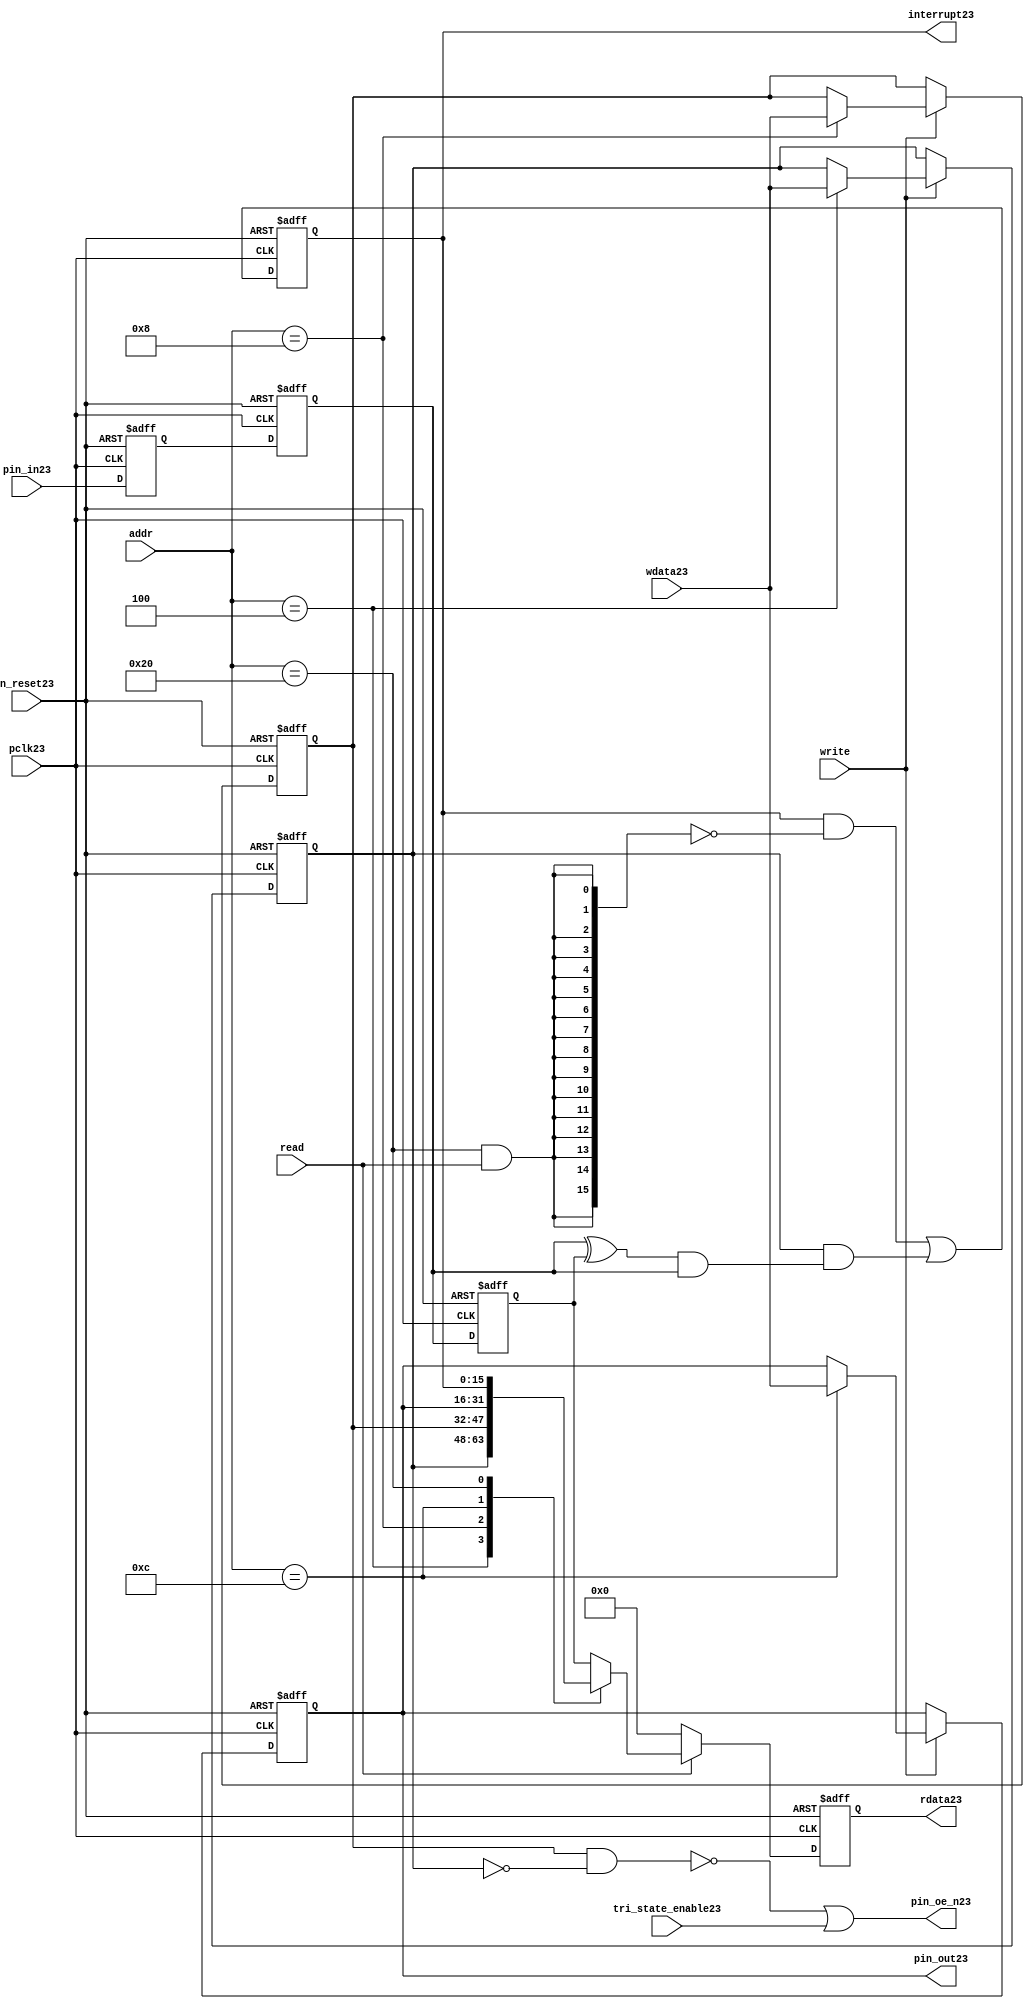
//File23 name   : gpio_lite_subunit23.v
//Title23       : 
//Created23     : 1999
//Description23 : Parametrised23 GPIO23 pin23 circuits23
//Notes23       : 
//----------------------------------------------------------------------
//   Copyright23 1999-2010 Cadence23 Design23 Systems23, Inc23.
//   All Rights23 Reserved23 Worldwide23
//
//   Licensed23 under the Apache23 License23, Version23 2.0 (the
//   "License23"); you may not use this file except23 in
//   compliance23 with the License23.  You may obtain23 a copy of
//   the License23 at
//
//       http23://www23.apache23.org23/licenses23/LICENSE23-2.0
//
//   Unless23 required23 by applicable23 law23 or agreed23 to in
//   writing, software23 distributed23 under the License23 is
//   distributed23 on an "AS23 IS23" BASIS23, WITHOUT23 WARRANTIES23 OR23
//   CONDITIONS23 OF23 ANY23 KIND23, either23 express23 or implied23.  See
//   the License23 for the specific23 language23 governing23
//   permissions23 and limitations23 under the License23.
//----------------------------------------------------------------------


module gpio_lite_subunit23(
  //Inputs23

  n_reset23,
  pclk23,

  read,
  write,
  addr,

  wdata23,
  pin_in23,

  tri_state_enable23,

  //Outputs23
 
  interrupt23,

  rdata23,
  pin_oe_n23,
  pin_out23

);
 
   // Inputs23
   
   // Clocks23   
   input n_reset23;            // asynch23 reset, active low23
   input pclk23;               // Ppclk23

   // Controls23
   input read;               // select23 GPIO23 read
   input write;              // select23 GPIO23 write
   input [5:0] 
         addr;               // address bus of selected master23

   // Dataflow23
   input [15:0]
         wdata23;              // GPIO23 Input23
   input [15:0]
         pin_in23;             // input data from pin23

   //Design23 for Test23 Inputs23
   input [15:0]
         tri_state_enable23;   // disables23 op enable -> Z23




   
   // Outputs23
   
   // Controls23
   output [15:0]
          interrupt23;         // interupt23 for input pin23 change

   // Dataflow23
   output [15:0]
          rdata23;             // GPIO23 Output23
   output [15:0]
          pin_oe_n23;          // output enable signal23 to pin23
   output [15:0]
          pin_out23;           // output signal23 to pin23
   



   
   // Registers23 in module

   //Define23 Physical23 registers in amba_unit23
   reg    [15:0]
          direction_mode23;     // 1=Input23 0=Output23              RW
   reg    [15:0]
          output_enable23;      // Output23 active                 RW
   reg    [15:0]
          output_value23;       // Value outputed23 from reg       RW
   reg    [15:0]
          input_value23;        // Value input from bus          R
   reg    [15:0]
          int_status23;         // Interrupt23 status              R

   // registers to remove metastability23
   reg    [15:0]
          s_synch23;            //stage_two23
   reg    [15:0]
          s_synch_two23;        //stage_one23 - to ext pin23
   
   
    
          
   // Registers23 for outputs23
   reg    [15:0]
          rdata23;              // prdata23 reg
   wire   [15:0]
          pin_oe_n23;           // gpio23 output enable
   wire   [15:0]
          pin_out23;            // gpio23 output value
   wire   [15:0]
          interrupt23;          // gpio23 interrupt23
   wire   [15:0]
          interrupt_trigger23;  // 1 sets23 interrupt23 status
   reg    [15:0]
          status_clear23;       // 1 clears23 interrupt23 status
   wire   [15:0]
          int_event23;          // 1 detects23 an interrupt23 event

   integer ia23;                // loop variable
   


   // address decodes23
   wire   ad_direction_mode23;  // 1=Input23 0=Output23              RW
   wire   ad_output_enable23;   // Output23 active                 RW
   wire   ad_output_value23;    // Value outputed23 from reg       RW
   wire   ad_int_status23;      // Interrupt23 status              R
   
//Register addresses23
//If23 modifying23 the APB23 address (PADDR23) width change the following23 bit widths23
parameter GPR_DIRECTION_MODE23   = 6'h04;       // set pin23 to either23 I23 or O23
parameter GPR_OUTPUT_ENABLE23    = 6'h08;       // contains23 oe23 control23 value
parameter GPR_OUTPUT_VALUE23     = 6'h0C;       // output value to be driven23
parameter GPR_INPUT_VALUE23      = 6'h10;       // gpio23 input value reg
parameter GPR_INT_STATUS23       = 6'h20;       // Interrupt23 status register

//Reset23 Values23
//If23 modifying23 the GPIO23 width change the following23 bit widths23
//parameter GPRV_RSRVD23            = 32'h0000_0000; // Reserved23
parameter GPRV_DIRECTION_MODE23  = 32'h00000000; // Default to output mode
parameter GPRV_OUTPUT_ENABLE23   = 32'h00000000; // Default 3 stated23 outs23
parameter GPRV_OUTPUT_VALUE23    = 32'h00000000; // Default to be driven23
parameter GPRV_INPUT_VALUE23     = 32'h00000000; // Read defaults23 to zero
parameter GPRV_INT_STATUS23      = 32'h00000000; // Int23 status cleared23



   //assign ad_bypass_mode23    = ( addr == GPR_BYPASS_MODE23 );   
   assign ad_direction_mode23 = ( addr == GPR_DIRECTION_MODE23 );   
   assign ad_output_enable23  = ( addr == GPR_OUTPUT_ENABLE23 );   
   assign ad_output_value23   = ( addr == GPR_OUTPUT_VALUE23 );   
   assign ad_int_status23     = ( addr == GPR_INT_STATUS23 );   

   // assignments23
   
   assign interrupt23         = ( int_status23);

   assign interrupt_trigger23 = ( direction_mode23 & int_event23 ); 

   assign int_event23 = ((s_synch23 ^ input_value23) & ((s_synch23)));

   always @( ad_int_status23 or read )
   begin : p_status_clear23

     for ( ia23 = 0; ia23 < 16; ia23 = ia23 + 1 )
     begin

       status_clear23[ia23] = ( ad_int_status23 & read );

     end // for ia23

   end // p_status_clear23

   // p_write_register23 : clocked23 / asynchronous23
   //
   // this section23 contains23 all the code23 to write registers

   always @(posedge pclk23 or negedge n_reset23)
   begin : p_write_register23

      if (~n_reset23)
      
       begin
         direction_mode23  <= GPRV_DIRECTION_MODE23;
         output_enable23   <= GPRV_OUTPUT_ENABLE23;
         output_value23    <= GPRV_OUTPUT_VALUE23;
       end
      
      else 
      
       begin
      
         if (write == 1'b1) // Write value to registers
      
          begin
              
            // Write Mode23
         
            if ( ad_direction_mode23 ) 
               direction_mode23 <= wdata23;
 
            if ( ad_output_enable23 ) 
               output_enable23  <= wdata23;
     
            if ( ad_output_value23 )
               output_value23   <= wdata23;

              

           end // if write
         
       end // else: ~if(~n_reset23)
      
   end // block: p_write_register23



   // p_metastable23 : clocked23 / asynchronous23 
   //
   // This23 process  acts23 to remove  metastability23 propagation
   // Only23 for input to GPIO23
   // In Bypass23 mode pin_in23 passes23 straight23 through

   always @(posedge pclk23 or negedge n_reset23)
      
   begin : p_metastable23
      
      if (~n_reset23)
        begin
         
         s_synch23       <= {16 {1'b0}};
         s_synch_two23   <= {16 {1'b0}};
         input_value23   <= GPRV_INPUT_VALUE23;
         
        end // if (~n_reset23)
      
      else         
        begin
         
         input_value23   <= s_synch23;
         s_synch23       <= s_synch_two23;
         s_synch_two23   <= pin_in23;

        end // else: ~if(~n_reset23)
      
   end // block: p_metastable23


   // p_interrupt23 : clocked23 / asynchronous23 
   //
   // These23 lines23 set and clear the interrupt23 status

   always @(posedge pclk23 or negedge n_reset23)
   begin : p_interrupt23
      
      if (~n_reset23)
         int_status23      <= GPRV_INT_STATUS23;
      
      else 
         int_status23      <= ( int_status23 & ~(status_clear23) // read & clear
                            ) |
                            interrupt_trigger23;             // new interrupt23
        
   end // block: p_interrupt23
   
   
   // p_read_register23  : clocked23 / asynchronous23 
   //
   // this process registers the output values

   always @(posedge pclk23 or negedge n_reset23)

      begin : p_read_register23
         
         if (~n_reset23)
         
           begin

            rdata23 <= {16 {1'b0}};

           end
           
         else //if not reset
         
           begin
         
            if (read == 1'b1)
            
              begin
            
               case (addr)
            
                  
                  GPR_DIRECTION_MODE23:
                     rdata23 <= direction_mode23;
                  
                  GPR_OUTPUT_ENABLE23:
                     rdata23 <= output_enable23;
                  
                  GPR_OUTPUT_VALUE23:
                     rdata23 <= output_value23;
                  
                  GPR_INT_STATUS23:
                     rdata23 <= int_status23;
                  
                  default: // if GPR_INPUT_VALUE23 or unmapped reg addr
                     rdata23 <= input_value23;
            
               endcase
            
              end //end if read
            
            else //in not read
            
              begin // if not a valid read access, keep23 '0'-s 
              
               rdata23 <= {16 {1'b0}};
              
              end //end if not read
              
           end //end else if not reset

      end // p_read_register23


   assign pin_out23 = 
        ( output_value23 ) ;
     
   assign pin_oe_n23 = 
      ( ( ~(output_enable23 & ~(direction_mode23)) ) |
        tri_state_enable23 ) ;

                
  
endmodule // gpio_subunit23